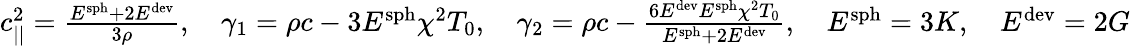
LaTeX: \begin{array}{r}{c_{||}^{2}=\frac{E^{\textrm{sph}}+2E^{\textrm{dev}}}{3\rho},\quad\gamma_{1}=\rho c-3E^{\textrm{sph}}\chi^{2}T_{0},\quad\gamma_{2}=\rho c-\frac{6E^{\textrm{dev}}E^{\textrm{sph}}\chi^{2}T_{0}}{E^{\textrm{sph}}+2E^{\textrm{dev}}},\quad E^{\textrm{sph}}=3K,\quad E^{\textrm{dev}}=2G}\end{array}